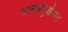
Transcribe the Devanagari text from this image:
दलअनुसंधान